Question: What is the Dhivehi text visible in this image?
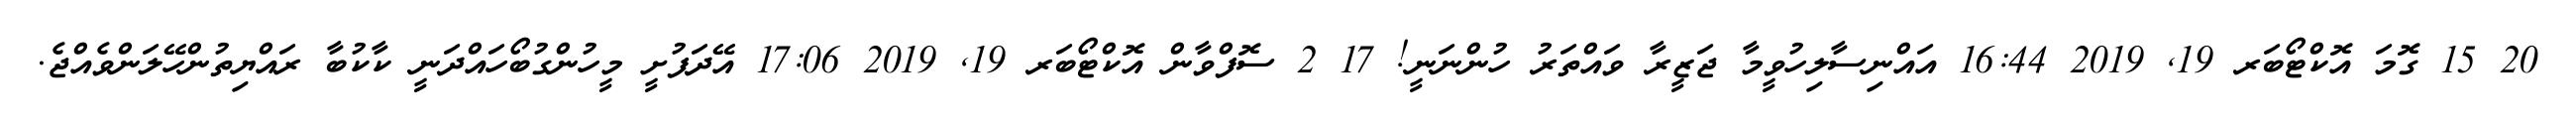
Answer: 20 15 ގޮމަ އޮކްޓޯބަރ 19, 2019 16:44 އައްނިސާލިހުވީމާ ޖަޒީރާ ވައްތަރު ހުންނަނީ! 17 2 ސޮފްވާން އޮކްޓޯބަރ 19, 2019 17:06 އޭދަފުށީ މީހުންގުބޯހައްދަނީ ކާކުބާ ރައްޔިތުންހޭލަންވެއްޖެ.